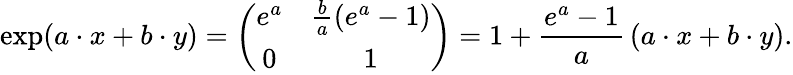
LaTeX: \exp(a\cdot{}x+b\cdot{}y)=\left({\begin{array}{cc}{e^{a}}&{{\frac{b}{a}}(e^{a}-1)}\\ {0}&{1}\end{array}}\right)=1+{\frac{e^{a}-1}{a}}\left(a\cdot{}x+b\cdot{}y\right).